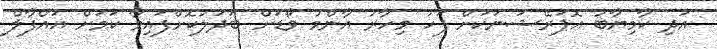
އަދި ކާމިޔާބު އޮޕަރޭޝަނަކަށް ފަހު މިހާރު އާންމު ވޯޑަށް ބަދަލުކޮށްފައިވާ ކަމަށް އައްފާލް